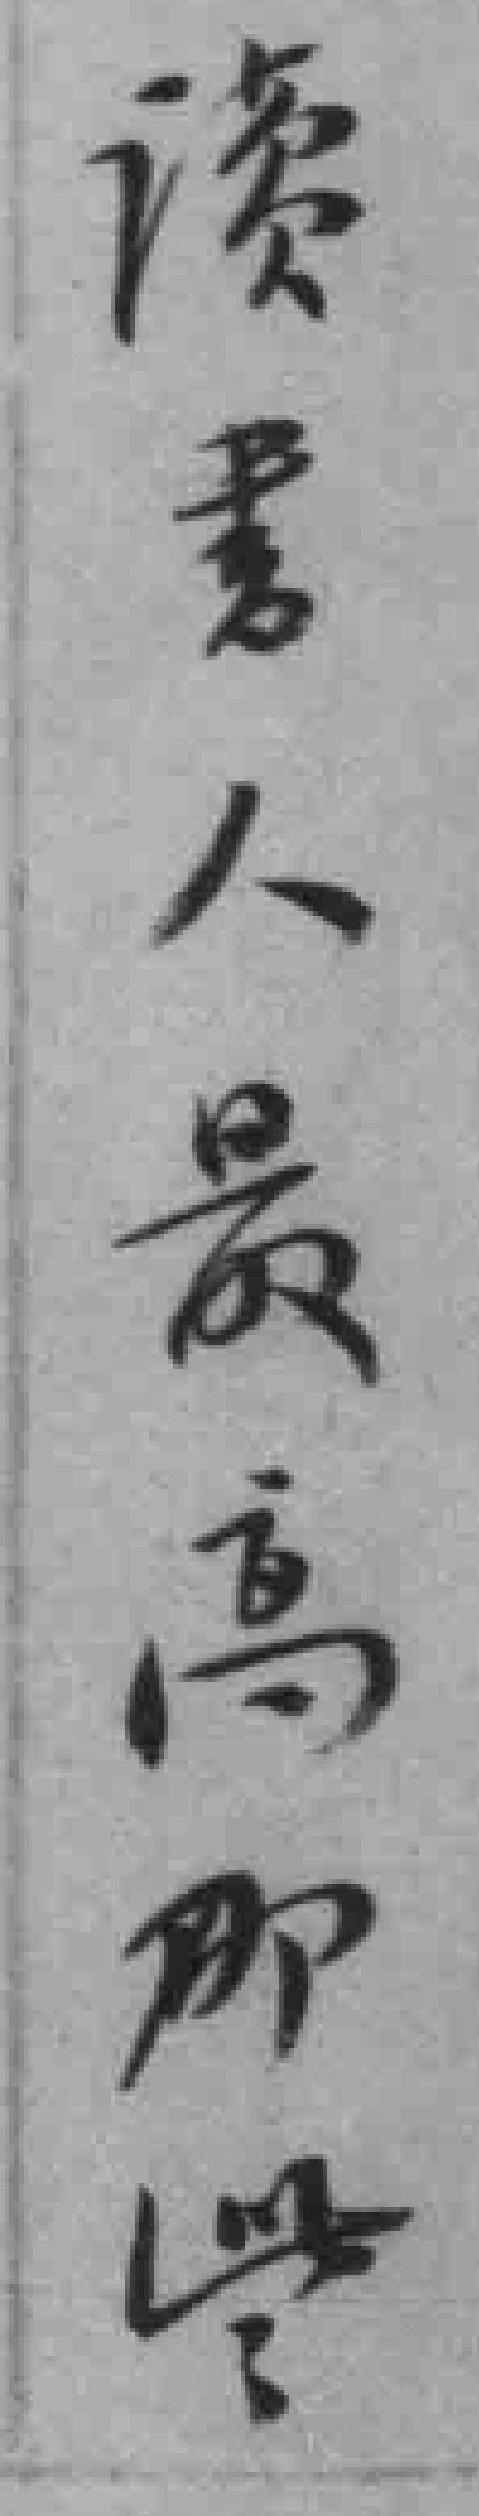
讀書人最高那些